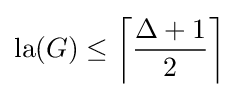
\mathop {\mathrm {la} } (G)\leq \left\lceil {\frac {\Delta +1}{2}}\right\rceil